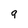
Character: q